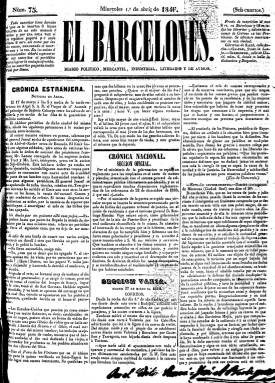
Título: El Barcelonés (Barcelona. 1845)
Colección: Periódicos
Ámbito geográfico: Barcelona
Lugar de publicación: Barcelona
Fechas: 01/04/1846-31/08/1855

Con este título comenzaron a editar este diario los impresores Manuel Saurí i Crespí (1803-1854) y Antoni Berdeguer a partir del uno de enero de 1845, cuando “la libertad de escribir estaba subordinada al capricho de las autoridades”, se dirá posteriormente sobre el nacimiento de este periódico, que llegará a convertirse en el más destacado de la prensa progresista de la ciudad durante la Década Moderada (1844-1854). Se considera continuación de los que habían publicado ambos editores el año anterior: El Pregonero y El Avisador barcelonés, con la intención de ofrecer noticias locales y anuncios a los comerciantes de la ciudad. Durante ese año 1845 llevó el subtítulo de “diario de historia, literatura, teatros, modas, avisos, mercantil, industrial, mejoras, actos del gobierno y demás ramos que no pertenezcan a la política y la región”, que reduce a “diario mercantil, industrial, de historia, literatura, teatro, modas, avisos y mejoras”, pues durante sus primeros meses de aparición “va a actuar con suma prudencia” (Joan Fuster: 2004).

Los primeros años de la Década Moderada se habían caracterizado por la política restrictiva y represiva contra la prensa, y será a partir del ocho de enero de 1846 cuando El Barcelonés pase a ser “diario político, mercantil, industrial, literario y de avisos”, introduciendo por vez primera el carácter de “político” a este diario representante del “progresismo de orden”, pero que Seoane (1996) sitúa en un “progresismo exaltado con simpatía por el movimiento obrero”, debido a que uno de sus principales editorialistas y articulista de asuntos sociales, Antoni Pujades i Mayans, estimulará y apoyará desde las páginas del diario la creación en 1847 de L’Associació Defensora del Treball Nacional i de la Clase Obrera, que en otra bibliografía se señala como opción “interclasista” del progresismo catalán.

Como editorialista, además de Pujades, el diario contó con el abogado y periodista Joaquim Albert i Álvarez, y otros redactores y colaboradores fueron el escritor y político progresista Lluís Cutchet i Font (1815-1892), Alejandro Cardeñosa, Nicolau Miralles, Carlos Summer, Agustí Reverter, Llorenç Presas i Puig o A. Soler Miralles, entre otros. Saurí, que ya había sido regidor en la anterior etapa progresista y lo volverá a ser en la posterior, aparece como editor responsable junto a Berdeguer, primero, y después solo. Ambos eran propietarios también de sendas librerías, la del primero con el nombre de Librería Nacional, en el número 54 de la calle Ancha, y la del segundo en el 6 de la calle de Lledó, en donde se hallaba al principio la redacción y el “despacho” del diario, y cuya imprenta cambiará de sede en varias ocasiones.

En la colección de la Biblioteca Nacional de España (BNE) comienza su colección con el número 75, correspondiente al primero de abril de 1846 (inicia su secuencia numérica cada año). Se trata de un periódico que comienza a publicarse en “pliego de marca un poco más que regular”, de cuatro páginas y a tres columnas compuesto. Después variará el formato a gran folio, su composición a cuatro columnas y la tipografía de su cabecera. Se estructura en secciones: Crónica extranjera o Correo extranjero, Crónica nacional (sección oficial), Cortes, Noticias de provincias, Noticias del principado, Gacetín urbano o Crónica de la capital, Gacetilla comercial y mercantil o Sección de comercio, Sección varia o Variedades, Boletín religioso, Diversiones públicas, Avisos o Alcance o Gacetilla de la noche. Publica editoriales y artículos remitidos, así como crónicas teatrales y revista de toros y, por último, anuncios o publicidad. Publicará también algunos suplementos.

Estará publicándose hasta el 15 de julio de 1852. La colección de la BNE llega hasta el número 196, del día anterior. Quedará inhabilitado Saurí y suspendido el diario. En su lugar, desde el 20 de julio de ese año y en la imprenta de Antonio Berdeguer aparecerá en su lugar El Correo de Barcelona, que estará publicándose, con secuencia propia, hasta el 21 de julio de 1854, es decir, hasta el inicio del Bienio Progresista (1854-1856). De nuevo aparecerá El Barcelonés, desde el día siguiente. La colección en la BNE de esta segunda etapa comienza el dos enero de enero de 1855 y acaba en su noveno año de edición, número 263, correspondiente al 31 de agosto de 1855, cuando su editor responsable es José Matas, es propiedad de la viuda de Saurí e hijo, y seguía estampándose en la Imprenta de Antonio Berdeguer, en el número 4 de la calle del Cometa.

El progresismo catalán, además de El Barcelonés, contó durante este periodo con otros importantes órganos de prensa, como El Constitucional (1837-1856), de Pedro Felipe Monlau; El Catalán (1848) o La Corona de Aragón (1854), de Víctor Balaguer, y durante el bienio se sumarán definitivamente a este partido figuras catalanas como Juan Prim, Laureano Figuerola o el citado Balaguer, entre otras. Se consideran continuadores de El Barcelonés los también diarios El Centinela bacelonés (1855) y El Progreso barcelonés (1855-1856). Referencias bibliográficas para este título y prensa del periodo, además de 200 anys de prensa diària a Catalunya (1995), es la tesis doctoral de Joan Fuster en la Universidad Pompeu Fabra, en 2004, y el trabajo de Jordi Casassas i Ymbert, de 2005.